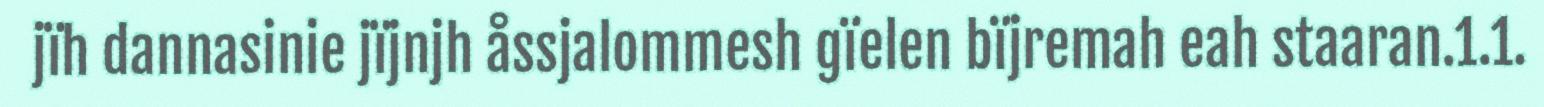
jïh dannasinie jïjnjh åssjalommesh gïelen bïjremah eah staaran.1.1.